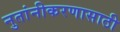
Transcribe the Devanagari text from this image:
नुतांनीकरणासाठी